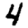
Digit: 4